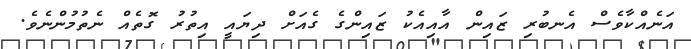
އަނެއްކާވެސް އެނބުރި ޒައިން އާއިއެކު ޒައިންގެ ގެއަށް ދިޔައީ އިތުރު ގޮތެއް ނެތުމުންނެވެ.